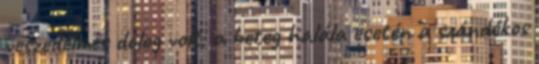
veszedelmes dolog volt; a beteg halála esetén a szándékos